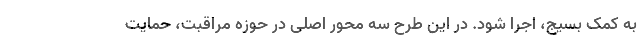
به کمک بسیج، اجرا شود. در این طرح سه محور اصلی در حوزه مراقبت، حمایت